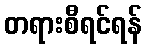
တရားစီရင်ရန်